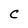
Character: C